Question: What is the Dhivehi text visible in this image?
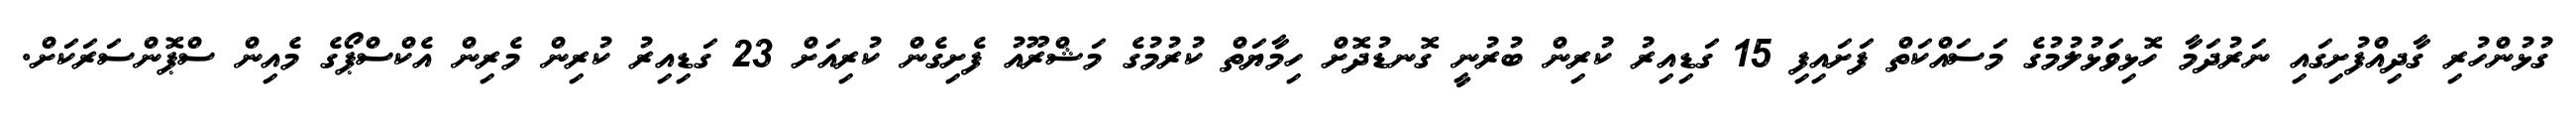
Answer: ގުޅުންހުރި ގާދިއްފުށިގައި ނަރުދަމާ ހޮޅިވަޅުލުމުގެ މަސައްކަތް ފަށައިފި 15 ގަޑިއިރު ކުރިން ބުރުނީ ގޮނޑުދޮށް ހިމާޔަތް ކުރުމުގެ މަޝްރޫއު ފެށިގެން ކުރިއަށް 23 ގަޑިއިރު ކުރިން މެރިން އެކްސްޕޯގެ މެއިން ސްޕޮންސަރަކަށް.